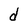
Character: d